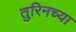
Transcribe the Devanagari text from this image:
तुरिनच्या